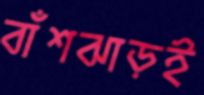
বাঁশঝাড়ই